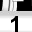
Digit: 1